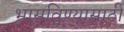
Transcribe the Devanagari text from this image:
भासविण्यासाठी